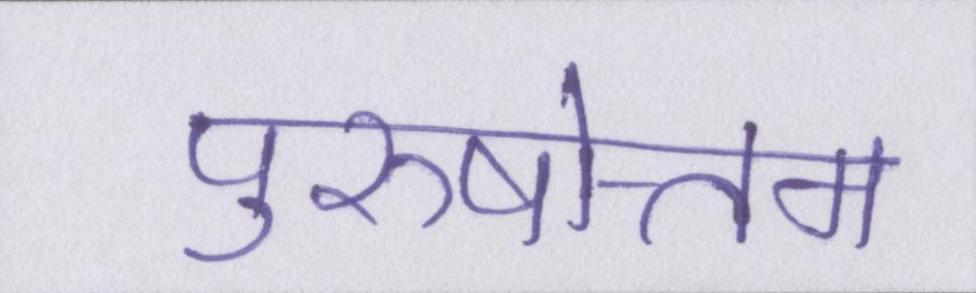
पुरुषोत्तम